system: You are a helpful assistant.
user:
Analyze the provided spectrum to determine if it is a **M-type Giant (gM)**.

A M-type Giant spectrum is defined by its **strong molecular absorption** features, particularly from **Titanium Oxide (TiO)**. You must check for one of the following mutually exclusive signatures:

- **Key Visual Indicators (Absorption-Dominated Spectrum):**

    - **(Primary):** The spectrum is dominated by strong molecular absorption from **Titanium Oxide (TiO)**. This is the **defining feature** of its M-type temperature class.
        - **(Key Bandheads):** Look for sharp, "saw-tooth" absorption valleys. The strongest are located near **~7050 Å**, **~6160 Å**, and **~5170 Å**.
        - **(Line Profile):** The "saw-tooth" morphology is critical: a **sharp, steep drop on the BLUE (short-wavelength) side** of the bandhead, followed by a gradual recovery (rising flux) towards the RED (long-wavelength) side.

    - **(Key Confirmation - Giant vs. Dwarf):** **ABSENCE** of strong **Calcium Hydride (CaH)** molecular bands. This is the primary diagnostic for *excluding* M-dwarfs.
        - **(Key Region):** The spectrum should lack the strong, broad absorption band seen in dwarfs between **~6800 Å and ~7000 Å**.

    - **(Secondary Confirmation - Giant):** A very strong and broad **Neutral Calcium (Ca I)** atomic absorption line.
        - **(Key Line):** Located at **~4226 Å**. In a giant (gM), this line is significantly deeper and broader than the same line in an M-dwarf (dM) due to low surface gravity.

    - **(Overall Spectrum):**
        - The continuum is **extremely red-sloping** (i.e., flux is very low in the blue and rises dramatically towards the red).
        - The entire spectrum appears "chopped up" by the deep TiO bands.

Think first, call **spectral_visualization_tool** if needed to examine features in detail, then provide your final answer. Your response must adhere to the following strict rules:
1.  **Overall Structure:** Your response must follow the format `<think>...</think> <tool_call>...</tool_call> (if a tool is used) <answer>...</answer>`.
2.  **Tool Usage Constraint:** You may only make **one** tool call per turn.
3.  **Final Answer Format:** In the `<answer>` tag, your conclusion must be inside a `\boxed{}` command (e.g., `\boxed{YES}` or `\boxed{NO}`), followed by your justification.

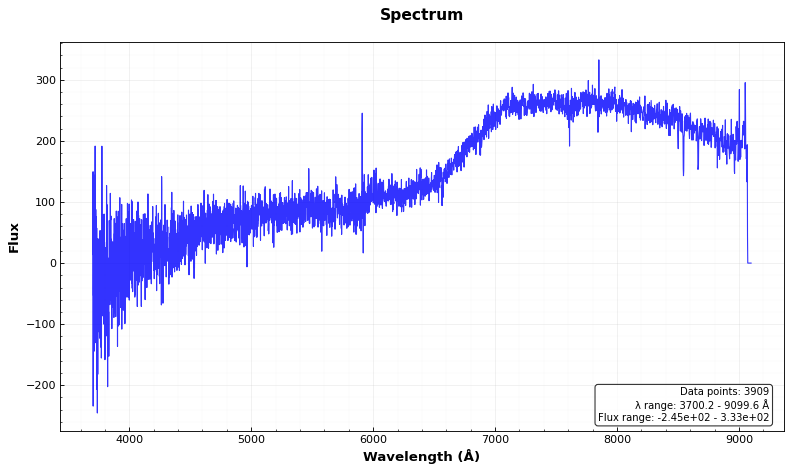
Answer: NO